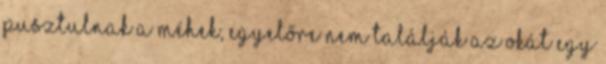
pusztulnak a méhek, egyelőre nem találják az okát Egy